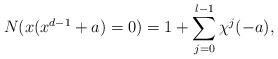
LaTeX: \begin{align*}N(x(x^{d-1}+a)=0)=1+\sum_{j=0}^{l-1}\chi^j(-a),\end{align*}